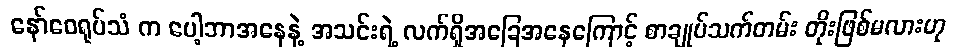
နော်ဝေရုပ်သံ က ပေါ့ဘာအနေနဲ့ အသင်းရဲ့ လက်ရှိအခြေအနေကြောင့် စာချုပ်သက်တမ်း တိုးဖြစ်မလားဟု